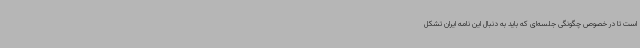
است تا در خصوص چگونگی جلسه‌ای که باید به دنبال این نامه ایران تشکل